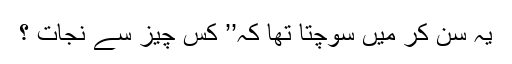
یہ سن کر میَں سوچتا تھا کہ’’ کس چیز سے نجات ؟